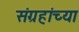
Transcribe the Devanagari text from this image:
संग्रहांच्या